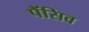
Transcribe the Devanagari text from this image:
पैंसिव